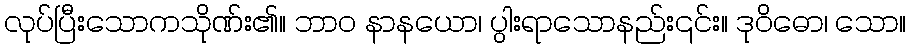
လုပ်ပြီးသောကသိုဏ်း၏။ ဘာဝ နာနယော၊ ပွါးရာသောနည်း၎င်း။ ဒုဝိဓော၊ သော။